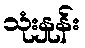
သုံးနှုန်း